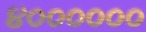
૪૦૦૦૦૦૦